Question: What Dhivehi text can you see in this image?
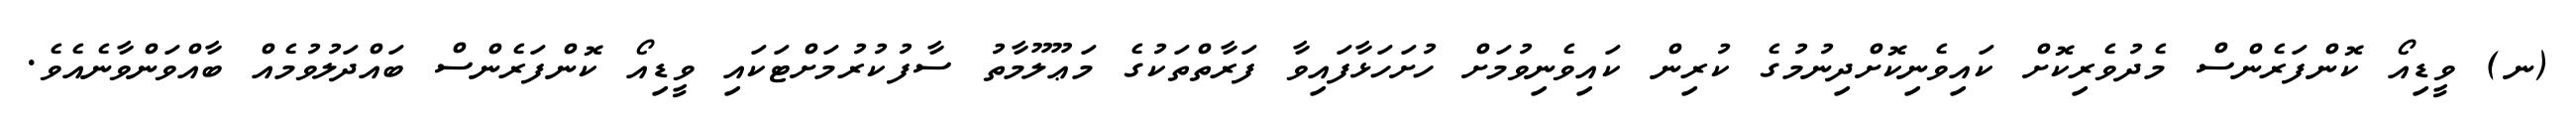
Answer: (ނ) ވީޑިއޯ ކޮންފަރެންސް މެދުވެރިކޮށް ކައިވެނިކޮށްދިނުމުގެ ކުރިން ކައިވެނިވުމަށް ހުށަހަޅާފައިވާ ފަރާތްތަކުގެ މަޢޫލޫމާތު ސާފުކުރުމަށްޓަކައި ވީޑިއޯ ކޮންފަރެންސް ބައްދަލުވުމެއް ބާއްވަންވާނެއެވެ.